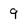
Character: 9